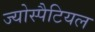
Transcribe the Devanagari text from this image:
ज्योस्पैटियल